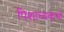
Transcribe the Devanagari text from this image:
पिशाच्चकथा